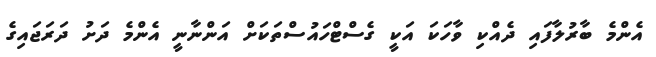
އެންމެ ބާރުލާފައި ދެއްކި ވާހަކަ އަކީ ގެސްޓްހައުސްތަކަށް އަންނާނީ އެންމެ ދަށު ދަރަޖައިގެ